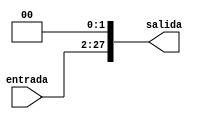
module shoftLeft2(
	input [25:0] entrada,
	output [27:0] salida
);

assign salida = entrada << 2;

endmodule